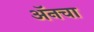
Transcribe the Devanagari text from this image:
अॅनचा